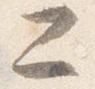
二